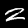
Label: 2